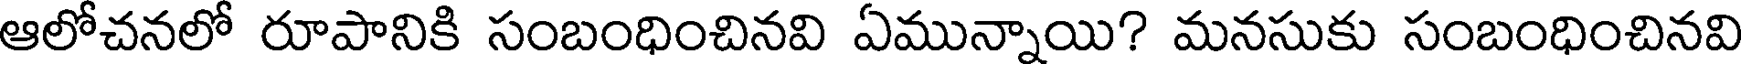
ఆలోచనలో రూపానికి సంబంధించినవి ఏమున్నాయి? మనసుకు సంబంధించినవి